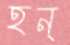
হন্